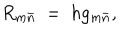
R _ { m { \bar { n } } } \ = \ h g _ { m { \bar { n } } } ,